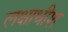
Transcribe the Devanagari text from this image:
लक्षाधीश